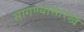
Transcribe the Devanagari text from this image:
सांगण्यासारखे